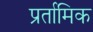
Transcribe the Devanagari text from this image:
प्रर्तामिक